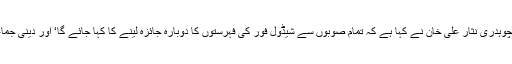
ملاقات کے بعد جاری بیان کے مطابق چوہدری نثار علی خان نے کہا ہے کہ تمام صوبوں سے شیڈول فور کی فہرستوں کا دوبارہ جائزہ لینے کا کہا جائے گا‘ اور دینی جماعتوں کے تحفظات کو دور کیا جائے گا۔